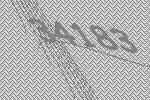
34183